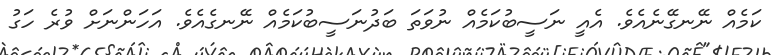
ކަމެއް ނޭނގޭނެއެވެ. އެއީ ނަސީބުކަމެއް ނުވަތަ ބަދުނަސީބުކަމެއް ނޭނގެއެވެ. އަހަންނަށް ވުރެ ހަގު